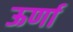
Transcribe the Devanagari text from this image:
ऊर्णा